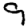
Digit: 9